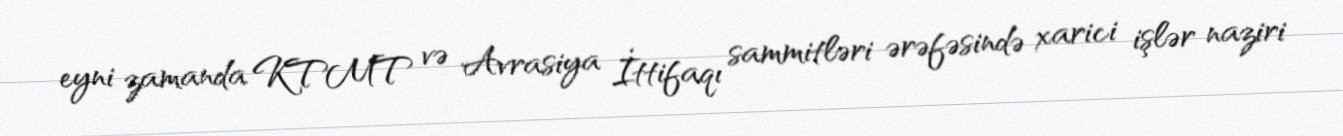
eyni zamanda KTMT və Avrasiya İttifaqı sammitləri ərəfəsində xarici işlər naziri